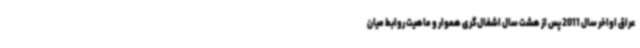
عراق اواخر سال 2011 پس از هشت سال اشغال‌گری هموار و ماهیت روابط میان